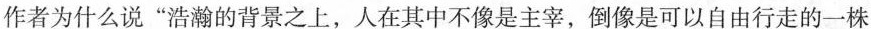
作者为什么说”浩瀚的背景之上，人在其中不像是主宰，像是可以自由行走的一株